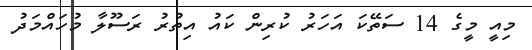
މިއީ މީގެ 14 ސަތޭކަ އަހަރު ކުރިން ކައު އިތުރު ރަސޫލާ މުހައްމަދު